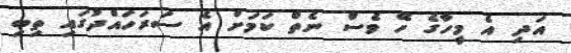
އަދި އެ މީހާގެ ހޭ ވެސް ނެތް ކަމަށް އެ ސަރަހައްދުގައި ތިބި